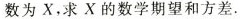
数为X，求X的数学期望和方差.